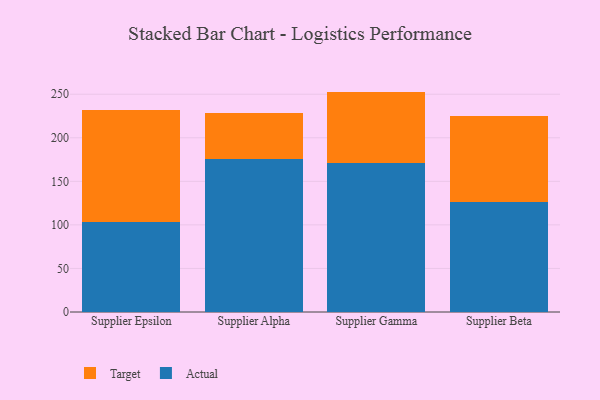
{"axis": {"x": "Supplier", "y": "Active Users"}, "legend": ["Actual", "Target"], "data": [{"x": "Supplier Epsilon", "y": 103.3, "type": "Actual"}, {"x": "Supplier Epsilon", "y": 128.2, "type": "Target"}, {"x": "Supplier Alpha", "y": 175.1, "type": "Actual"}, {"x": "Supplier Alpha", "y": 53.2, "type": "Target"}, {"x": "Supplier Gamma", "y": 171.5, "type": "Actual"}, {"x": "Supplier Gamma", "y": 81.5, "type": "Target"}, {"x": "Supplier Beta", "y": 126.4, "type": "Actual"}, {"x": "Supplier Beta", "y": 98.6, "type": "Target"}]}